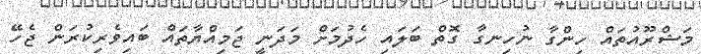
މަޝްރޫއުތައް ހިންގާ ނުހިނގާ ގޮތް ބަލައި ހެދުމަށް މަދަނީ ޖަމިއްޔާތައް ބައިވެރިކުރަން ޖެހޭ